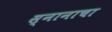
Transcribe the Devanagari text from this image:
स्नानाचा